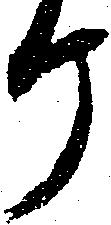
ヶ